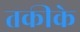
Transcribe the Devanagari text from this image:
तकीके